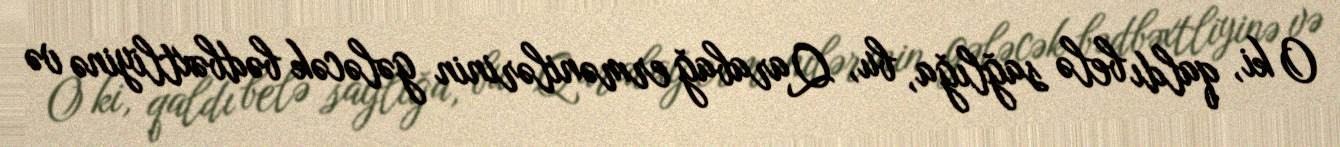
O ki, qaldı belə sağlığa, bu, Qarabağ ermənilərinin gələcək bədbəxtliyinə və